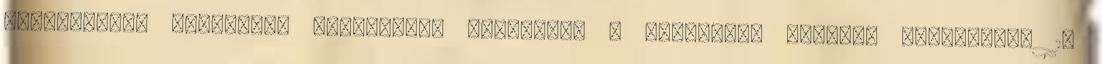
MEGNEVEZÉSE Tervezett beruházási költségek A beruházás várható befejezése 1.